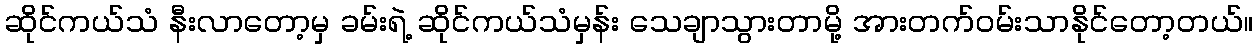
ဆိုင်ကယ်သံ နီးလာတော့မှ ခမ်းရဲ့ ဆိုင်ကယ်သံမှန်း သေချာသွားတာမို့ အားတက်ဝမ်းသာနိုင်တော့တယ်။